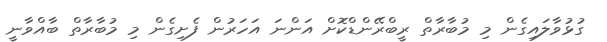
ގުޅުވާލައިގެން މި މުބާރާތް ރީބްރޭންޑްކޮށް އަންނަ އަހަރުން ފެށިގެން މި މުބާރާތް ބާއްވާނީ